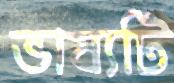
ভাষ্যটি